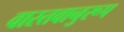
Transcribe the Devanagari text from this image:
वास्तवानुरूप